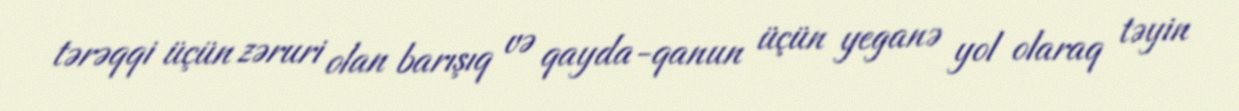
tərəqqi üçün zəruri olan barışıq və qayda-qanun üçün yeganə yol olaraq təyin